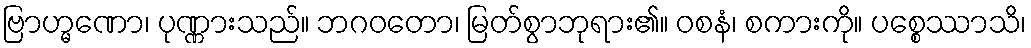
ဗြာဟ္မဏော၊ ပုဏ္ဏားသည်။ ဘဂဝတော၊ မြတ်စွာဘုရား၏။ ဝစနံ၊ စကားကို။ ပစ္စေဿာသိ၊